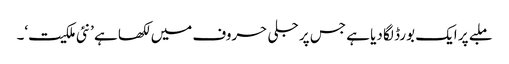
ملبے پر ایک بورڈ لگا دیا ہے جس پر جلی حروف میں لکھا ہے ’نئی ملکیت‘۔